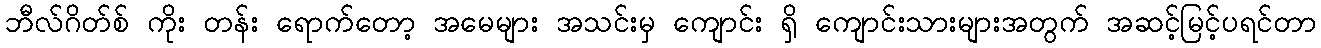
ဘီလ်ဂိတ်စ် ကိုး တန်း ရောက်တော့ အမေများ အသင်းမှ ကျောင်း ရှိ ကျောင်းသားများအတွက် အဆင့်မြင့်ပရင်တာ